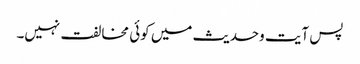
پس آیت وحدیث میں کوئی مخالفت نہیں۔